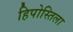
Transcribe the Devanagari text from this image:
हिपोस्तिला